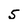
Character: 5